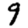
Digit: 9